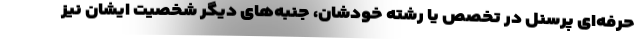
حرفه‌ای پرسنل در تخصص یا رشته خودشان، جنبه‌های دیگر شخصیت ایشان نیز